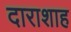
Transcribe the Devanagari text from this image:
दाराशाह